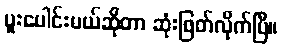
ပူးပေါင်းမယ်ဆိုတာ ဆုံးဖြတ်လိုက်ပြီ။